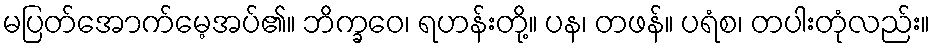
မပြတ်အောက်မေ့အပ်၏။ ဘိက္ခဝေ၊ ရဟန်းတို့။ ပန၊ တဖန်။ ပရံစ၊ တပါးတုံလည်း။